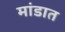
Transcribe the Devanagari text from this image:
मांडात